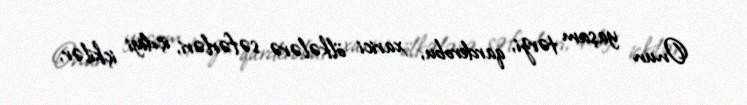
Onun yaşam tərzi, qarderobu, xarici ölkələrə səfərləri, içdiyi içkilər,